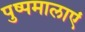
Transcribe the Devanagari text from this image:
पुष्पमालाएं